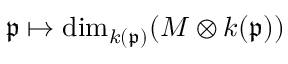
{ \mathfrak { p } } \mapsto \dim _ { k ( { \mathfrak { p } } ) } ( M \otimes k ( { \mathfrak { p } } ) )